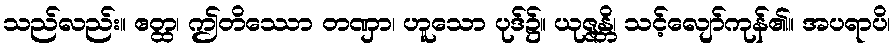
သည်လည်း။ ဧတ္ထ၊ ဤတိဿော တဏှာ၊ ဟူသော ပုဒ်၌။ ယုဇ္ဇန္တိ၊ သင့်လျော်ကုန်၏။ အပရာပိ၊